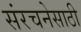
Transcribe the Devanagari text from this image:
संरचनेसाठी